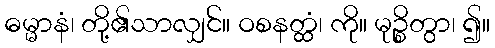
ဓမ္မာနံ၊ တို့၏သာလျှင်။ ဝစနတ္ထံ၊ ကို။ မုဉ္စိတွာ၊ ၍။